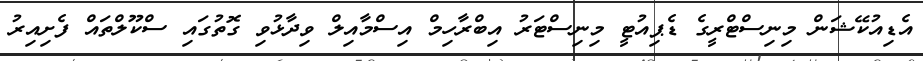
އެޑިއުކޭޝަން މިނިސްޓްރީގެ ޑެޕިއުޓީ މިނިސްޓަރު އިބްރާހިމް އިސްމާއިލް ވިދާޅުވި ގޮތުގައި ސްކޫލްތައް ފެށިއިރު